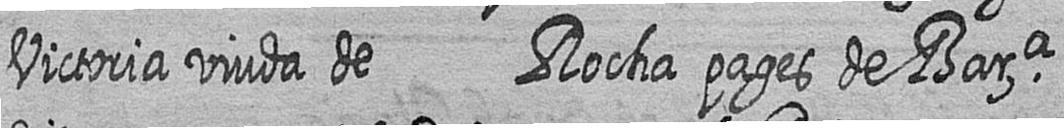
Victoria viuda de Rocha pages de Bara